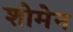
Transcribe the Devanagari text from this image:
शोमेन